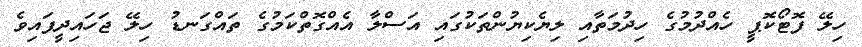
ހިލޭ ފޮޓޯކޮޕީ ހެއްދުމުގެ ހިދުމަތާއި ލިޔެކިޔުންތަކުގައި އަސްލާ އެއްގޮތްކަމުގެ ތައްގަނޑު ހިލޭ ޖަހައިދީފައިވެ